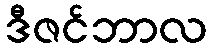
ဒီဇင်ဘာလ